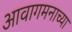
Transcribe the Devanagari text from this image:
आवागमनाच्या